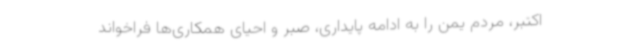
اکتبر، مردم یمن را به ادامه پایداری، صبر و احیای همکاری‌ها فراخواند